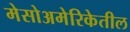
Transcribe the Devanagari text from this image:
मेसोअमेरिकेतील